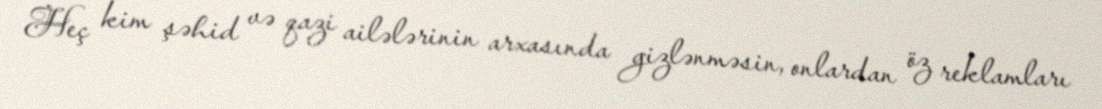
Heç kim şəhid və qazi ailələrinin arxasında gizlənməsin, onlardan öz reklamları